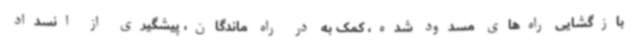
بازگشایی راه‌های مسدود شده، کمک به در راه ماندگان، پیشگیری از انسداد